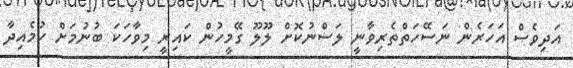
އަދިވެސް އަހަރެން ނަސޭހަތްތެރިވާނީ ލަސްނުކޮށް ލޫލޫ ގޭމީހުން ކައިރީ މިވާހަކަ ބުނުމަށް ހުމެއިދާ